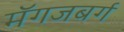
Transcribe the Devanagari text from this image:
मॅगजबर्ग